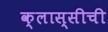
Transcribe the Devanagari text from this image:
क्लास्सीची